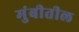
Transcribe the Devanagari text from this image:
मुंबीतील